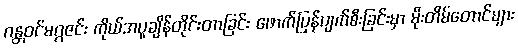
ဂန္တဝင်မဂ္ဂဇင်း ကိုယ်အပူချိန်တိုင်းတာခြင်း ဖောက်ပြန်ပျက်စီးခြင်းမှာ မိုးတိမ်တောင်များ